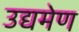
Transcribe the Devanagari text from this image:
उद्यमेण